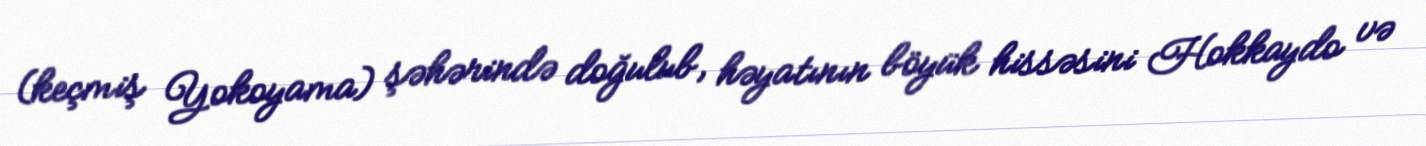
(keçmiş Yokoyama) şəhərində doğulub, həyatının böyük hissəsini Hokkaydo və